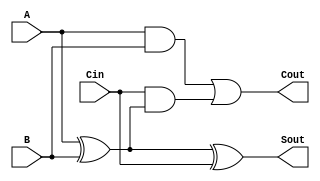
module CPA(Sout, Cout, A, B, Cin);

output Sout, Cout;
input A, B, Cin;

assign Sout = A ^ B ^ Cin;
assign Cout = (A && B) || (Cin && (A ^ B));

endmodule